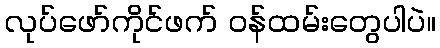
လုပ်ဖော်ကိုင်ဖက် ဝန်ထမ်းတွေပါပဲ။